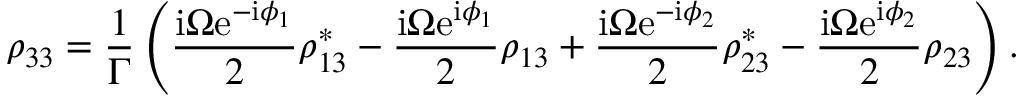
\rho _ { 3 3 } = \frac { 1 } { \Gamma } \left( \frac { \mathrm { i } \Omega \mathrm { e } ^ { - \mathrm { i } \phi _ { 1 } } } { 2 } \rho _ { 1 3 } ^ { * } - \frac { \mathrm { i } \Omega \mathrm { e } ^ { \mathrm { i } \phi _ { 1 } } } { 2 } \rho _ { 1 3 } + \frac { \mathrm { i } \Omega \mathrm { e } ^ { - \mathrm { i } \phi _ { 2 } } } { 2 } \rho _ { 2 3 } ^ { * } - \frac { \mathrm { i } \Omega \mathrm { e } ^ { \mathrm { i } \phi _ { 2 } } } { 2 } \rho _ { 2 3 } \right) .